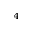
_ 4